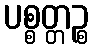
ပစ္စတ္တဉ္စ